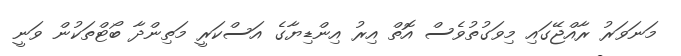
މަނަވަރު ރާއްޖޭގައި މިވަގުތުވެސް އޮތް އިރު އިންޑިޔާގެ އަސްކަރީ މަތިންދާ ބޯޓްތަކުން ވަނީ